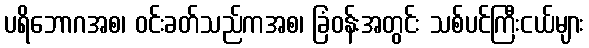
ပရိဘောဂအစ၊ ဝင်းခတ်သည်ကအစ၊ ခြံဝန်းအတွင်း သစ်ပင်ကြီးငယ်များ